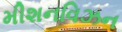
મીશનવિઝન